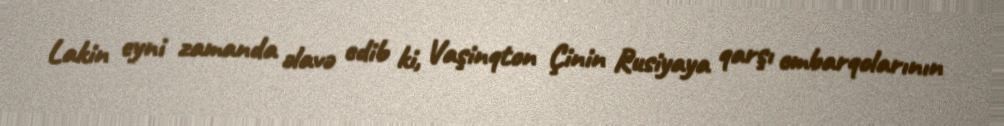
Lakin eyni zamanda əlavə edib ki, Vaşinqton Çinin Rusiyaya qarşı embarqolarının